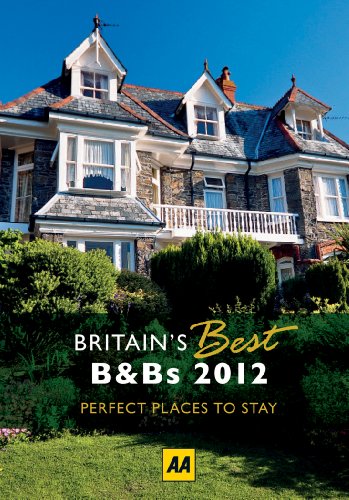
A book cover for Britain's Best B&Bs 2012 (AA Britain's Best Bed & Breakfast); AA Publishing; Travel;